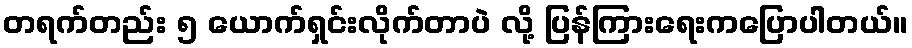
တရက်တည်း ၅ ယောက်ရှင်းလိုက်တာပဲ လို့ ပြန်ကြားရေးကပြောပါတယ်။